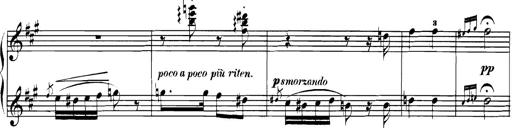
Title: Spinnerlied aus dem Fliegenden HollÃ¤nder
Composer: Franz Liszt